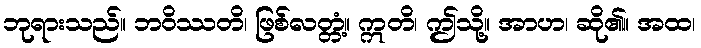
ဘုရားသည်။ ဘဝိဿတိ၊ ဖြစ်လတ္တံ့။ ဣတိ၊ ဤသို့။ အာဟ၊ ဆို၏။ အထ၊